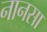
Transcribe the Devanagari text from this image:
नानसा